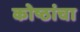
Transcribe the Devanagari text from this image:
कोष्ठांचा